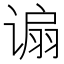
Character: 𫍸